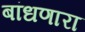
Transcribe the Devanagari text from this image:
बांधणारा